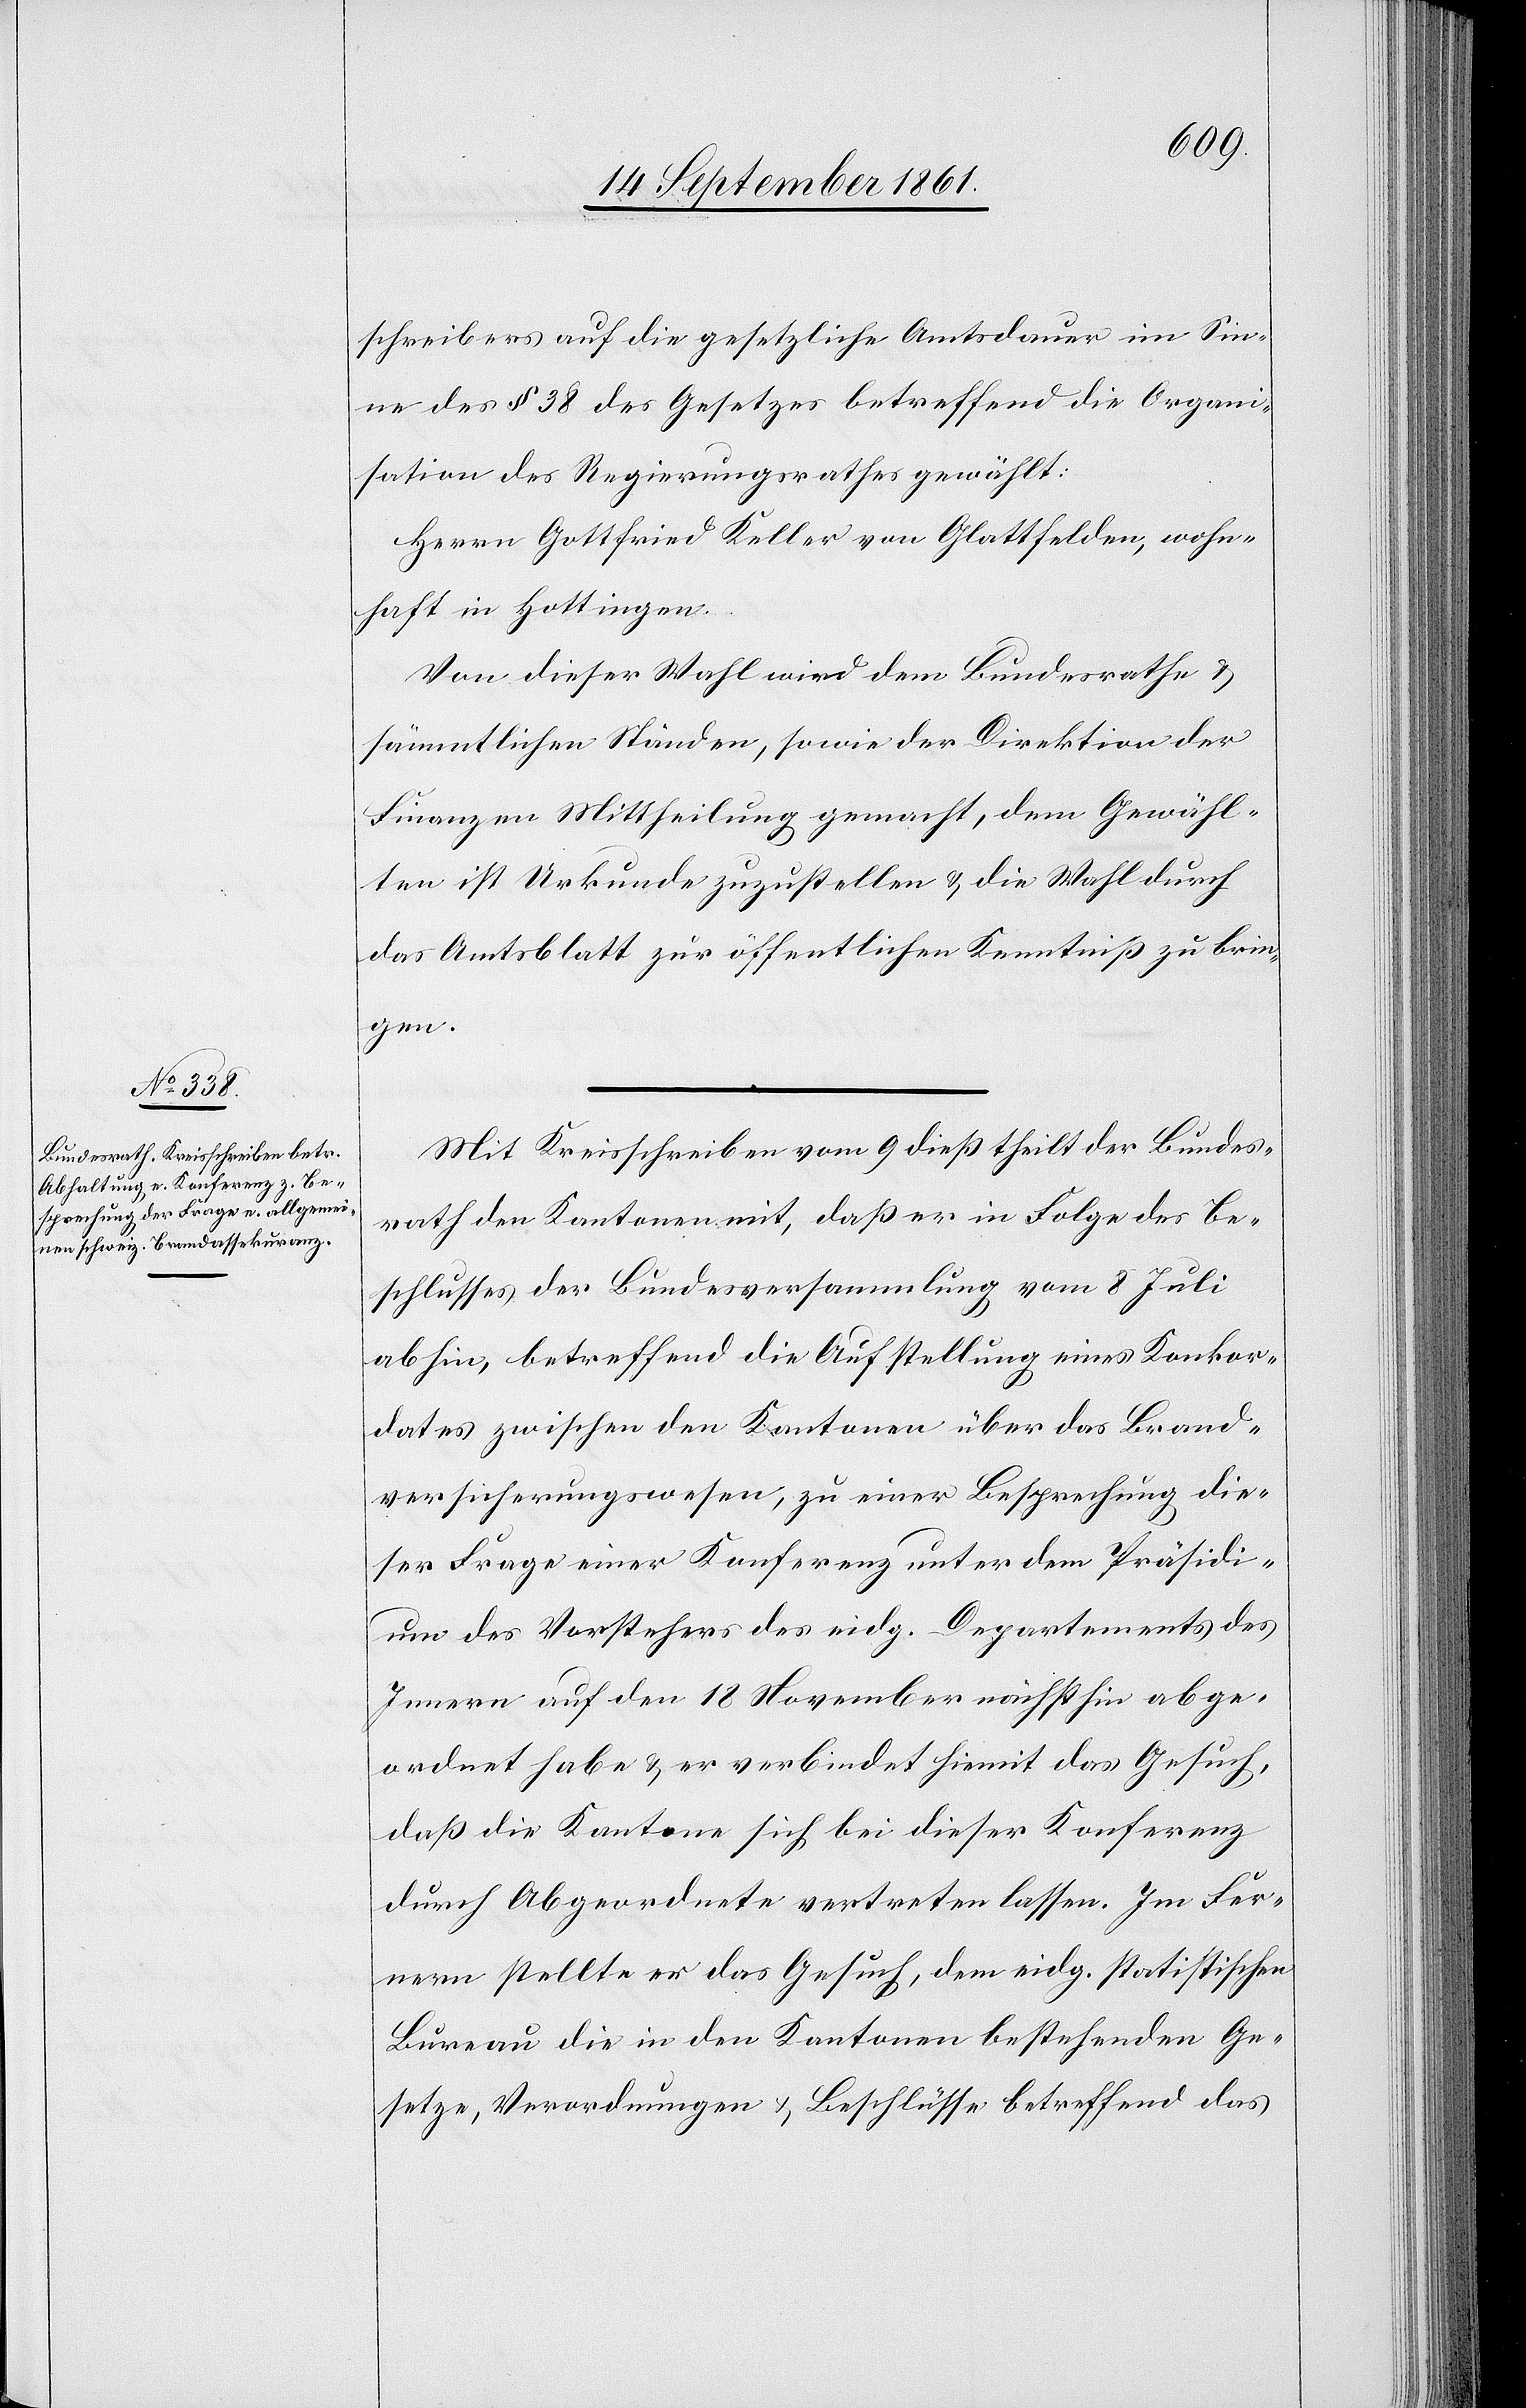
schreibers auf die gesetzliche Amtsdauer im Sin¬
ne des § 38 des Gesetzes betreffend die Organi¬
sation des Regierungsrathes gewählt:
Herrn Gottfried Keller von Glattfelden, wohn¬
haft in Hottingen.
Von dieser Wahl wird dem Bundesrathe u.
sämmtlichen Ständen, sowie der Direktion der
Finanzen Mittheilung gemacht, dem Gewähl¬
ten ist Urkunde zuzustellen u. die Wahl durch
das Amtsblatt zur öffentlichen Kenntniß zu brin¬
gen.
Mit Kreisschreiben vom 9 dieß theilt der Bundes¬
rath den Kantonen mit, daß er in Folge des Be¬
schlusses der Bundesversammlung vom 8 Juli
abhin, betreffend die Aufstellung eines Konkor¬
dates zwischen den Kantonen über das Brand¬
versicherungswesen, zu einer Besprechung die¬
ser Frage eine Konferenz unter dem Präsidi¬
um des Vorstehers des eidg. Departements des
Innern auf den 18 November nächsthin abge¬
ordnet habe u. er verbindet hiemit das Gesuch,
daß die Kantone sich bei dieser Konferenz
durch Abgeordnete vertreten lassen. Im Fer¬
nern stellte er das Gesuch, dem eidg. statistischen
Bureau die in den Kantonen bestehenden Ge¬
setze, Verordnungen u. Beschlüsse betreffend das